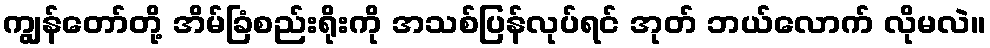
ကျွန်တော်တို့ အိမ်ခြံစည်းရိုးကို အသစ်ပြန်လုပ်ရင် အုတ် ဘယ်လောက် လိုမလဲ။